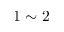
1 \sim 2